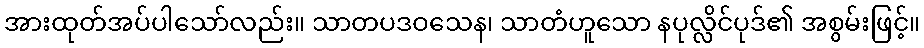
အားထုတ်အပ်ပါသော်လည်း။ သာတပဒဝသေန၊ သာတံဟူသော နပုလ္လိင်ပုဒ်၏ အစွမ်းဖြင့်။